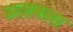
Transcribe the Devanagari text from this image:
अलबला